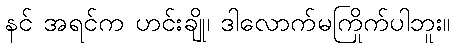
နင် အရင်က ဟင်းချို၊ ဒါလောက်မကြိုက်ပါဘူး။